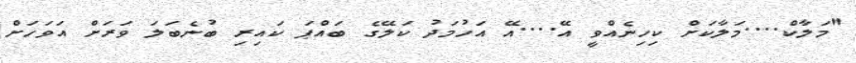
"މަލާކް....މަލާކަށް ކިހިނެއްވީ އޭ....އޭ އަހުމަދު ކަލޭގެ ބައްޕަ ކައިރި ބުނެބަލަ ވަރަށް އަވަހަށް